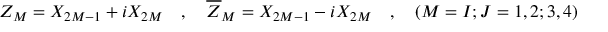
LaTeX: Z _ { M } = X _ { 2 M - 1 } + i X _ { 2 M } \quad , \quad \overline { { { Z } } } _ { M } = X _ { 2 M - 1 } - i X _ { 2 M } \quad , \quad ( M = I ; J = 1 , 2 ; 3 , 4 )